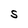
Character: S